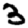
Digit: 3